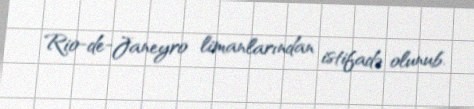
Rio-de-Janeyro limanlarından istifadə olunub.